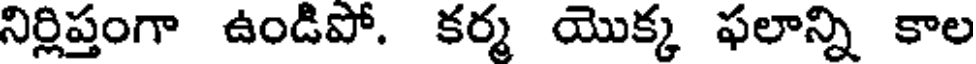
నిర్లిప్తంగా ఉండిపో. కర్మ యొక్క ఫలాన్ని కాల